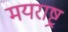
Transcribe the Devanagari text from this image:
मयराष्ट्र